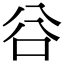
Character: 𠔌